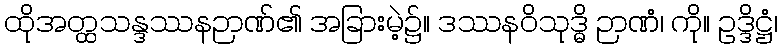
ထိုအတ္ထသန္ဒဿနဉာဏ်၏ အခြားမဲ့၌။ ဒဿနဝိသုဒ္ဓိ ဉာဏံ၊ ကို။ ဥဒ္ဒိဋ္ဌံ၊